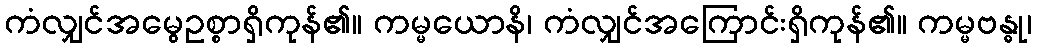
ကံလျှင်အမွေဥစ္စာရှိကုန်၏။ ကမ္မယောနိ၊ ကံလျှင်အကြောင်းရှိကုန်၏။ ကမ္မဗန္ဓု၊